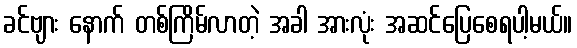
ခင်ဗျား နောက် တစ်ကြိမ်လာတဲ့ အခါ အားလုံး အဆင်ပြေစေရပါ့မယ်။